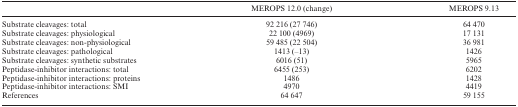
|  | MEROPS 12.0 (change) | MEROPS 9.13 |
 | --- | --- | --- |
 | Substrate cleavages: total | 92 216 (27 746) | 64 470 |
 | Substrate cleavages: physiological | 22 100 (4969) | 17 131 |
 | Substrate cleavages: non-physiological | 59 485 (22 504) | 36 981 |
 | Substrate cleavages: pathological | 1413 (–13) | 1426 |
 | Substrate cleavages: synthetic substrates | 6016 (51) | 5965 |
 | Peptidase-inhibitor interactions: total | 6455 (253) | 6202 |
 | Peptidase-inhibitor interactions: proteins | 1486 | 1428 |
 | Peptidase-inhibitor interactions: SMI | 4970 | 4419 |
 | References | 64 647 | 59 155 |